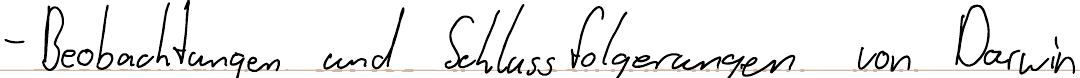
- Beobachtungen und Schlussfolgerungen von Darwin